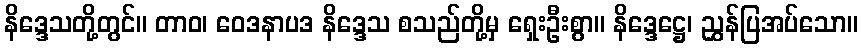
နိဒ္ဒေသတို့တွင်။ တာဝ၊ ဝေဒနာပဒ နိဒ္ဒေသ စသည်တို့မှ ရှေးဦးစွာ။ နိဒ္ဒေဋ္ဌေ၊ ညွှန်ပြအပ်သော။